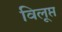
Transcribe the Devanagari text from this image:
विलूप्त